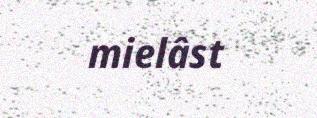
mielâst